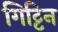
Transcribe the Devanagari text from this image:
गिट्टिन